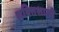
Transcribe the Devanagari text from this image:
शक्‍ितशाली